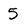
Character: 5